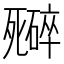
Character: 𬆜